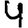
Digit: 4